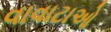
વાવાટાઓ